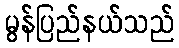
မွန်ပြည်နယ်သည်